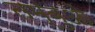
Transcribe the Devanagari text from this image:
तम्बुओ